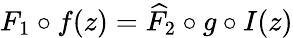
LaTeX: F_{1}\circ f(z)=\widehat{F}_{2}\circ g\circ I(z)